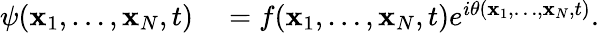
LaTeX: \begin{array}{rl}{\psi(\mathbf{x}_{1},\ldots,\mathbf{x}_{N},t)}&{{}=f(\mathbf{x}_{1},\ldots,\mathbf{x}_{N},t)e^{i\theta(\mathbf{x}_{1},\ldots,\mathbf{x}_{N},t)}.}\end{array}